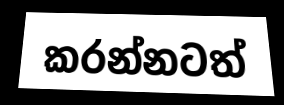
කරන්නටත්